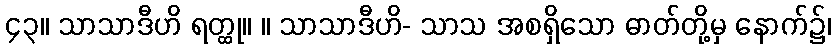
၄၃။ သာသာဒီဟိ ရတ္ထု။ ။ သာသာဒီဟိ- သာသ အစရှိသော ဓာတ်တို့မှ နောက်၌၊